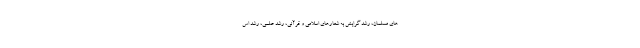
های مسلمان، رشد گرایش به شعارهای اسلامی و قرآنی، رشد علمی، رشد اس